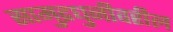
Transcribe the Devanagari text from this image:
सामुद्रधुनीवरील